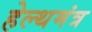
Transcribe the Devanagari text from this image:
हेल्थमंत्र